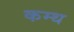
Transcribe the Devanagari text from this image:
कम्थ